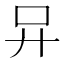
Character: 𠮽